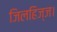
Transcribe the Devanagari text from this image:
जिलहिज्ज।